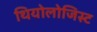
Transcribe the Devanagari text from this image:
थियोलोजिस्ट